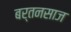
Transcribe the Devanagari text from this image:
बर्तनसाज